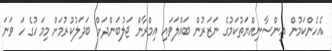
އެހެންކަމުން އިންސާނިއްޔަތުކަމުގެ ނަޒަރުން ބައްލަވައި އިމްރާން ޖަލުބަންދަށް ބަދަލުކުރުމަށް މިމަހުގެ ހަ ވަނަ